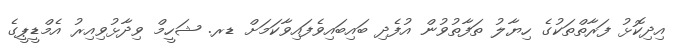
އިދިކޮޅު ފަރާތްތަކުގެ ހިޔާލު ތަފާތުވުން އުފެދި ބައިބައިވެފައިވާކަމަށް ޑރ. ޝަހީމް ވިދާޅުވިއިރު އެމްޑީޕީގެ